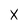
Character: X